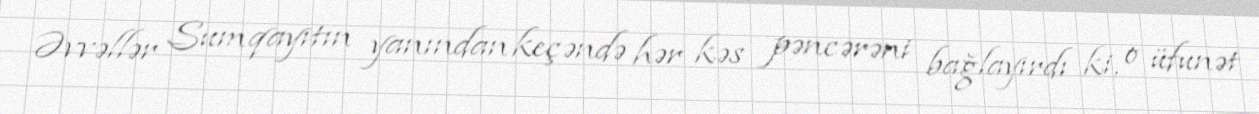
Əvvəllər Sumqayıtın yanından keçəndə hər kəs pəncərəni bağlayırdı ki, o üfunət